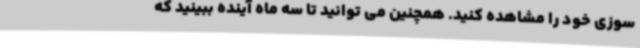
سوزی خود را مشاهده کنید. همچنین می توانید تا سه ماه آینده ببینید که